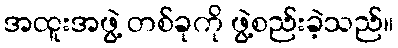
အထူးအဖွဲ့ တစ်ခုကို ဖွဲ့စည်းခဲ့သည်။